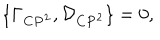
LaTeX: \{ { \Gamma } _ { { \bf C } { \bf P } ^ { 2 } } , { \cal D } _ { { \bf C } { \bf P } ^ { 2 } } \} = 0 ,